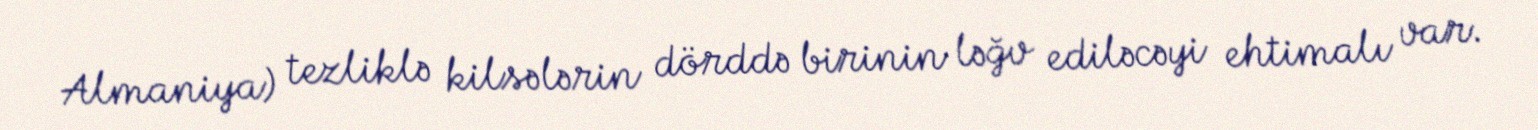
Almaniya) tezliklə kilsələrin dörddə birinin ləğv ediləcəyi ehtimalı var.